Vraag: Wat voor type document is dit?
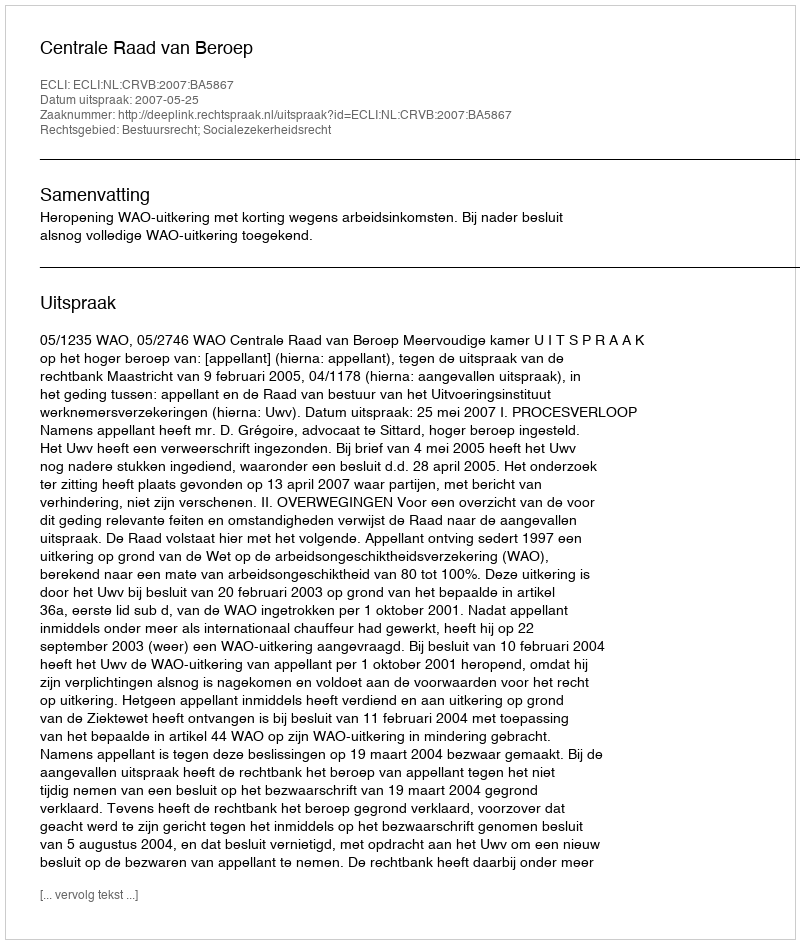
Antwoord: Uitspraak